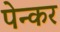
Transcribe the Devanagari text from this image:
पेन्कर